Leaving Certificate Examination, 1912
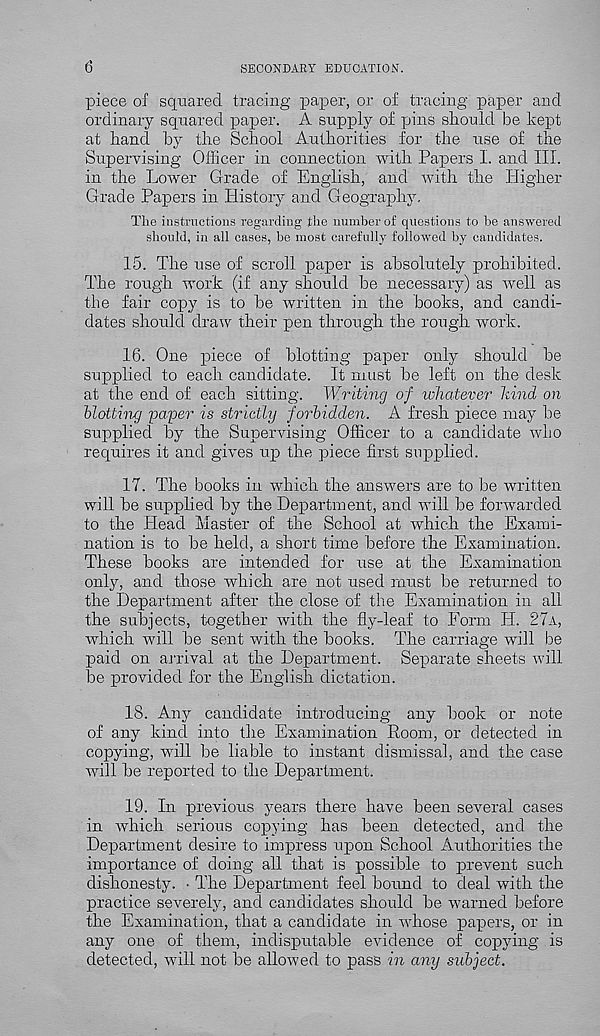
6
SECONDARY EDUCATION.
piece of squared tracing paper, or of tracing paper and
ordinary squared paper. A supply of pins should be kept
at hand by the School Authorities for the use of the
Supervising Officer in connection with Papers I. and III.
in the Lower Grade of English, and with the Higher
Grade Papers in History and Geography,
The instructions regarding the number of questions to be answered
should, in all cases, be most carefully followed by candidates.
15. The use of scroll paper is absolutely prohibited.
The rough work (if any should be necessary) as well as
the fair copy is to he written in the hooks, and candi-
dates should draw their pen through the rough work.
16. One piece of blotting paper only should he
supplied to each candidate. It must he left on the desk
at the end of each sitting. Writing of whatever hind on
blotting 'pa'per is strictly forbidden. A fresh piece may he
supplied hy the Supervising Officer to a candidate who
requires it and gives up the piece first supplied.
17. The books in which the answers are to be written
will he supplied hy the Department, and will he forwarded
to the Head Master of the School at which the Exami-
nation is to he held, a short time before the Examination.
These hooks are intended for use at the Examination
only, and those which are not used must he returned to
the Department after the close of the Examination in all
the subjects, together with the fly-leaf to Form H. 27A,
which will be sent with the hooks. The carriage will be
paid on arrival at the Department. Separate sheets will
be provided for the English dictation.
18. Any candidate introducing any hook or note
of any kind into the Examination Room, or detected in
copying, will be liable to instant dismissal, and the case
will he reported to the Department.
19. In previous years there have been several cases
in which serious copying has been detected, and the
Department desire to impress upon School Authorities the
importance of doing all that is possible to prevent such
dishonesty. • The Department feel hound to deal with the
practice severely, and candidates should he warned before
the Examination, that a candidate in whose papers, or in
any one of them, indisputable evidence of copying is
detected, will not he allowed to pass in any subject.